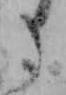
た